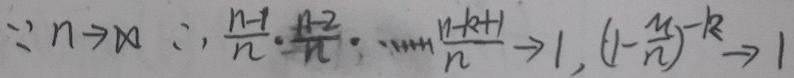
\(\because n\to\infty\therefore\frac{n - 1}{n}\cdot\frac{n - 2}{n}\cdots\frac{n - k + 1}{n}\to1,(1-\frac{\mu}{n})^{-k}\to1\)